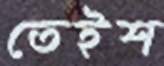
তেইশ